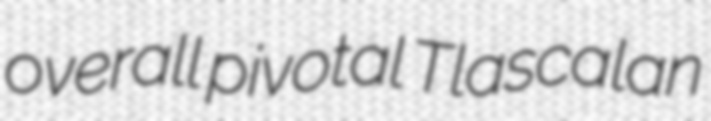
overall pivotal Tlascalan